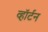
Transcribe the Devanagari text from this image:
व्हॉर्टन